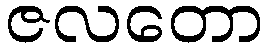
ဇလတော